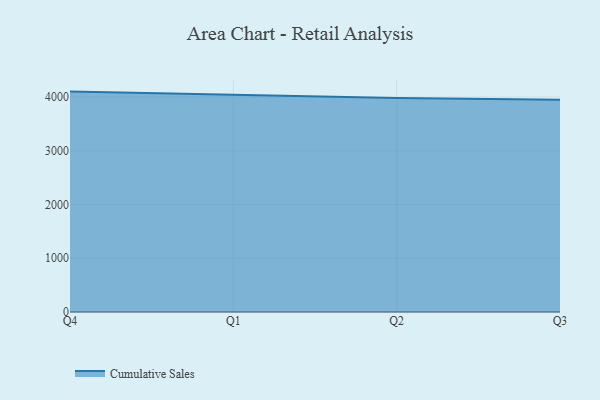
{"axis": {"x": "Quarter", "y": "Latency (ms)"}, "legend": ["Cumulative Sales"], "data": [{"x": "Q4", "y": 4100.4, "type": "Cumulative Sales"}, {"x": "Q1", "y": 4035.1, "type": "Cumulative Sales"}, {"x": "Q2", "y": 3982.7, "type": "Cumulative Sales"}, {"x": "Q3", "y": 3949.2, "type": "Cumulative Sales"}]}